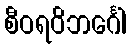
စီဝရဝိဘင်္ဂေါ